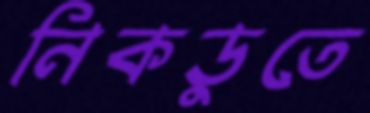
নিকডুতে